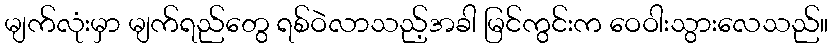
မျက်လုံးမှာ မျက်ရည်တွေ ရစ်ဝဲလာသည့်အခါ မြင်ကွင်းက ဝေဝါးသွားလေသည်။